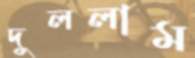
দুললাম